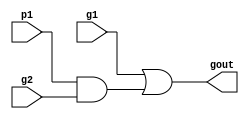
// p1/g1 are the larger number.
module pg_graycell(
	input p1, 
	input g1, 
	input g2,
	output gout
);

// Gray cell takes the current generate and propagate terms and the previous generate term.
// It then sees if the current bit will generate a carry.
assign gout = g1 | (p1 & g2) ;
	
endmodule